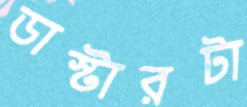
ডাস্টারটা